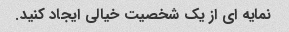
نمایه ای از یک شخصیت خیالی ایجاد کنید.